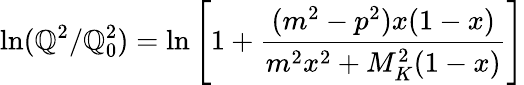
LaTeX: \ln(\mathbb{Q}^{2}/\mathbb{Q}_{0}^{2})=\ln\left[1+\frac{{(m^{2}-p^{2})x(1-x)}}{{m^{2}x^{2}+M_{K}^{2}(1-x)}}\right]